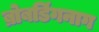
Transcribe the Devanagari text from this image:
ब्रोबडिंगनाग